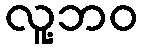
လူ့ဘဝ